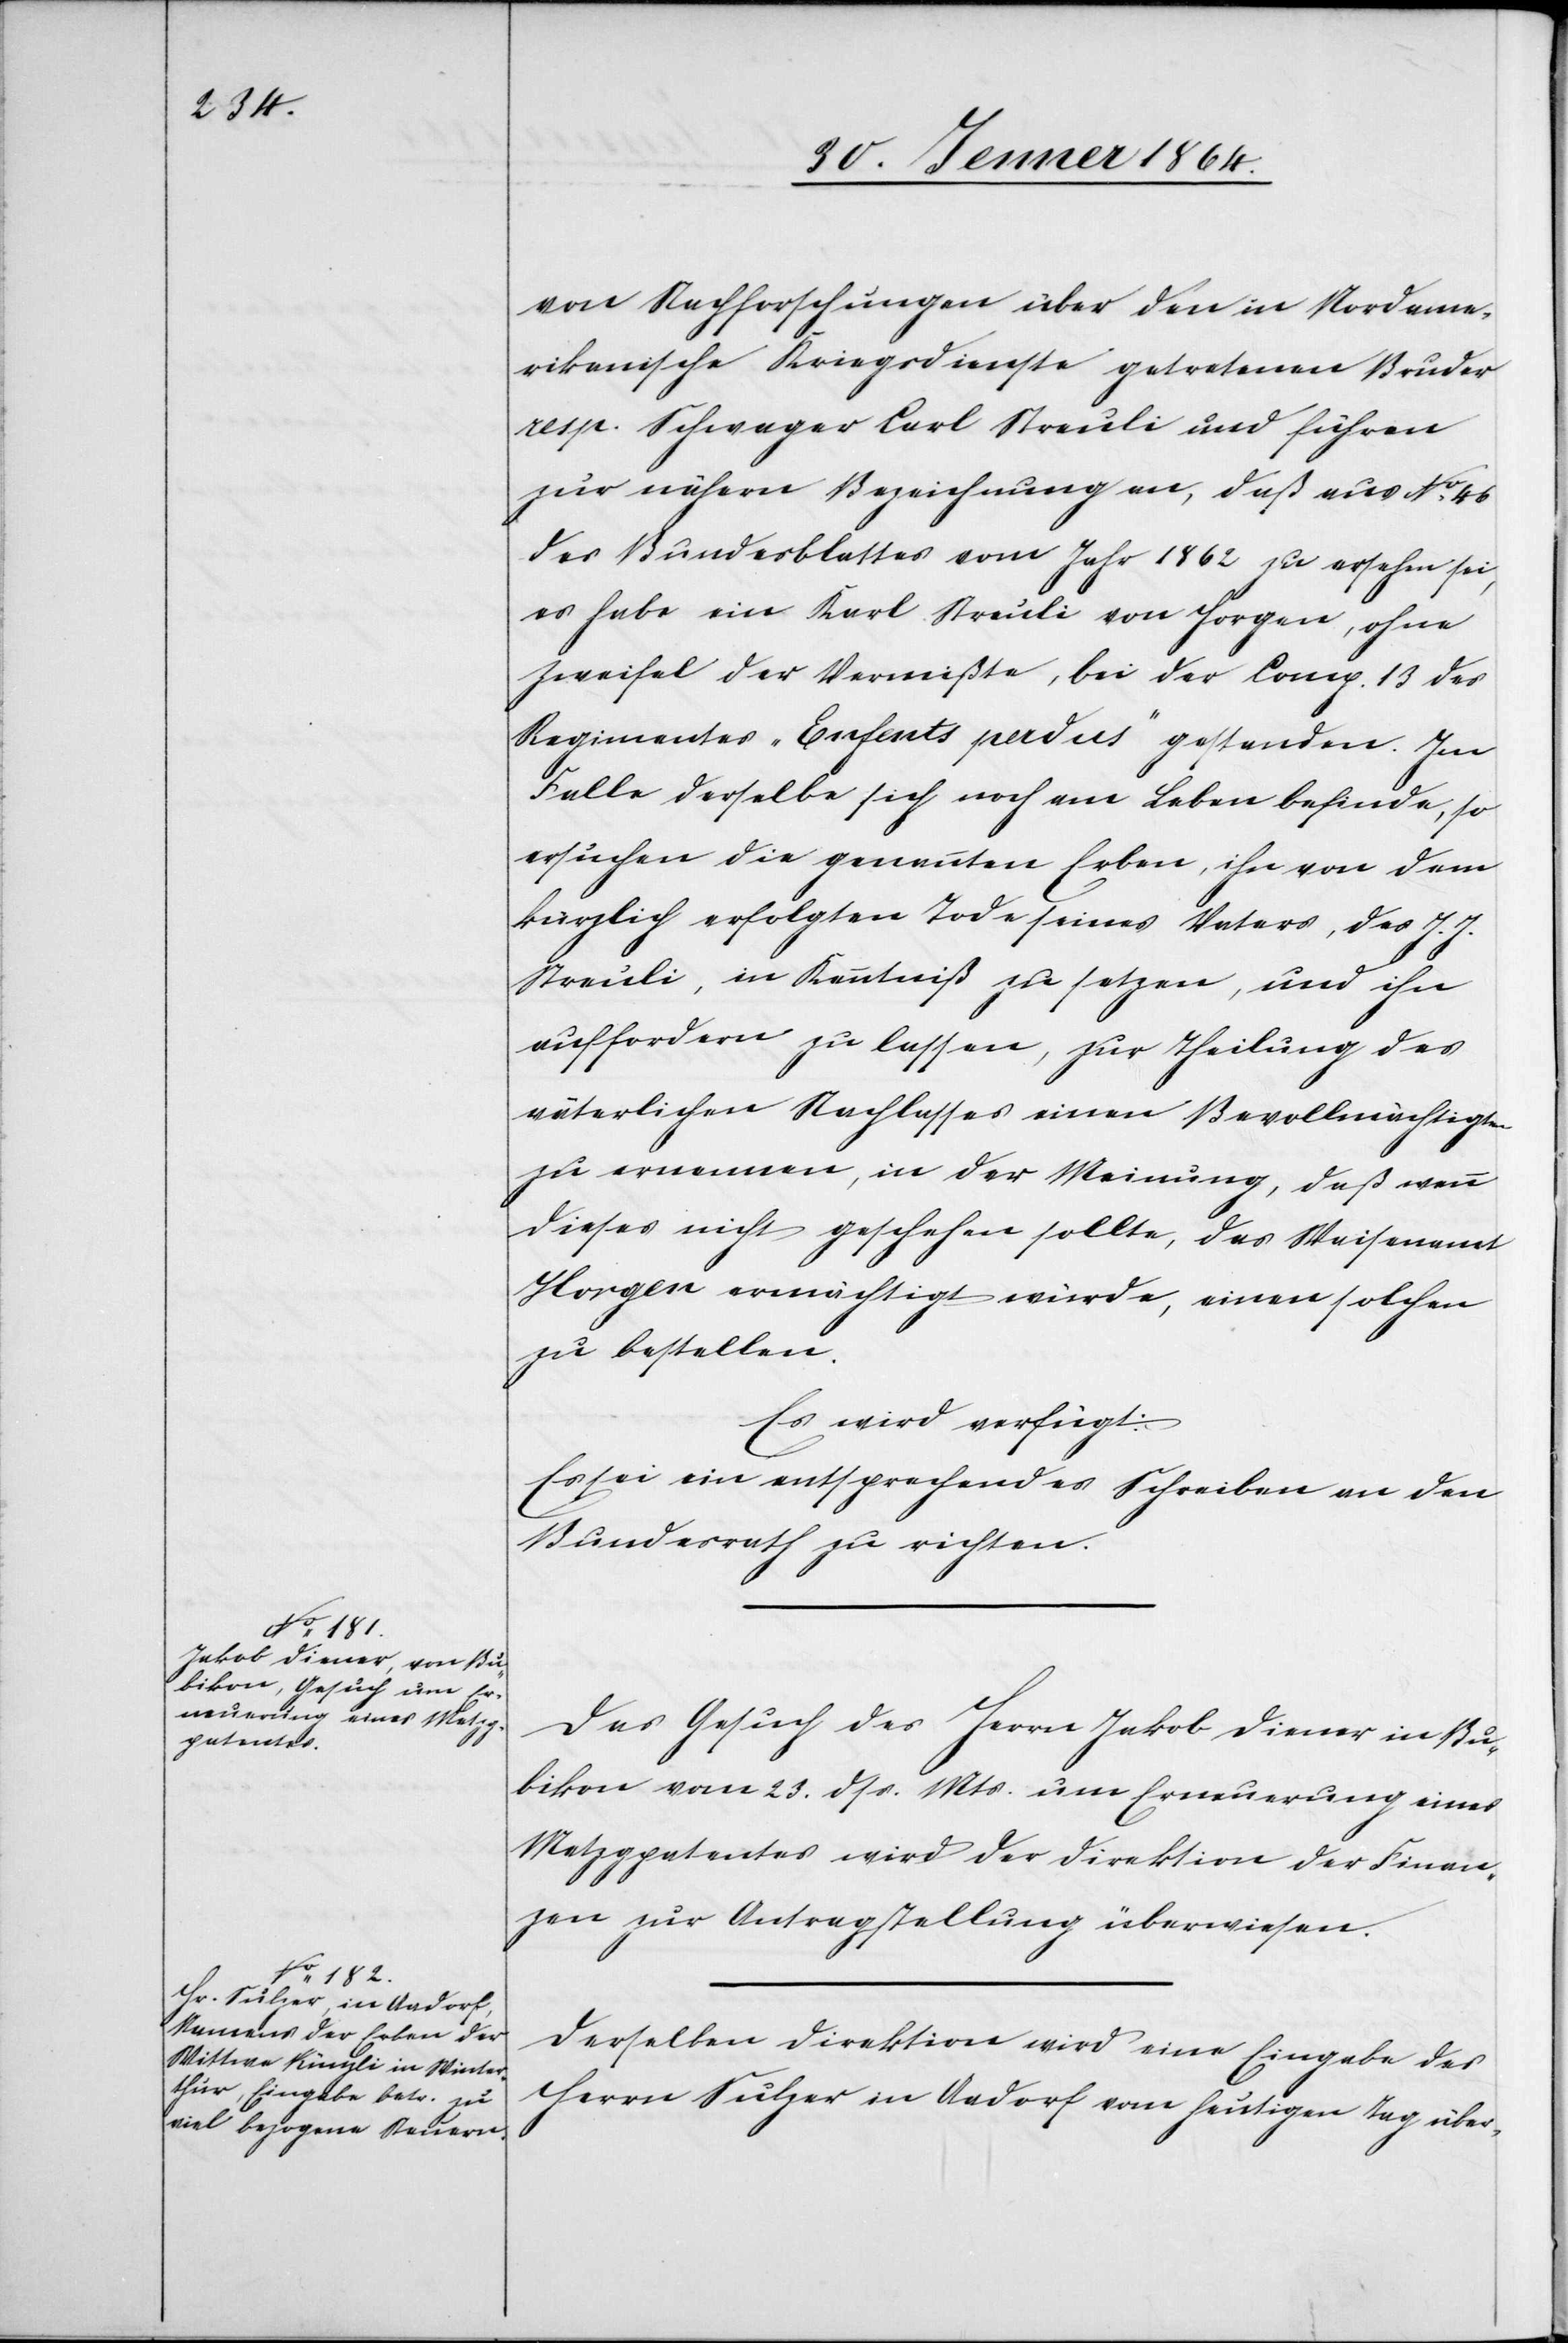
30. Jenner 1864.]
von Nachforschungen über den in Nordame¬
rikanische Kriegsdienste getretenen Bruder
resp. Schwager Carl Streuli und führen
zur nähern Bezeichnung an, daß aus No 46
des Bundesblattes vom Jahr 1862 zu ersehen sei,
es habe ein Karl Streuli von Horgen, ohne
Zweifel der Vermißte, bei der Comp. 13 des
Regimentes „Enfants perdus“ gestanden. Im
Falle derselbe sich noch am Leben befinde, so
ersuchen die genannten Erben, ihn von dem
kürzlich erfolgten Tode seines Vaters, des J. J.
Streuli, in Kenntniß zu setzen, und ihn
auffordern zu lassen, zur Theilung des
väterlichen Nachlasses einen Bevollmächtigten
zu ernennen, in der Meinung, daß wenn
dieses nicht geschehen sollte, das Waisenamt
Horgen ermächtigt würde, einen solchen
zu bestellen.
Es wird verfügt:
Es sei ein entsprechendes Schreiben an den
Bundesrath zu richten.
Das Gesuch des Herrn Jakob Diener in Bu¬
bikon vom 23. dss. Mts. um Erneuerung eines
Metzgpatentes wird der Direktion der Finan¬
zen zur Antragstellung überwiesen.
Derselben Direktion wird eine Eingabe des
Herrn Sulzer in Aadorf vom heutigen Tag über-